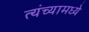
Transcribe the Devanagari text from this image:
त्यंच्यामध्ये